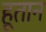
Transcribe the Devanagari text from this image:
हूतान